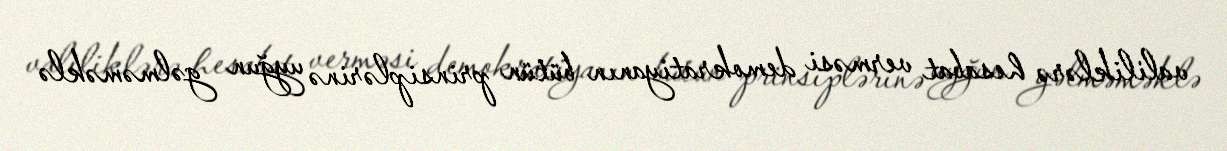
valiliklərə hesabat verməsi demokratiyanın bütün prinsiplərinə uyğun gəlməməklə